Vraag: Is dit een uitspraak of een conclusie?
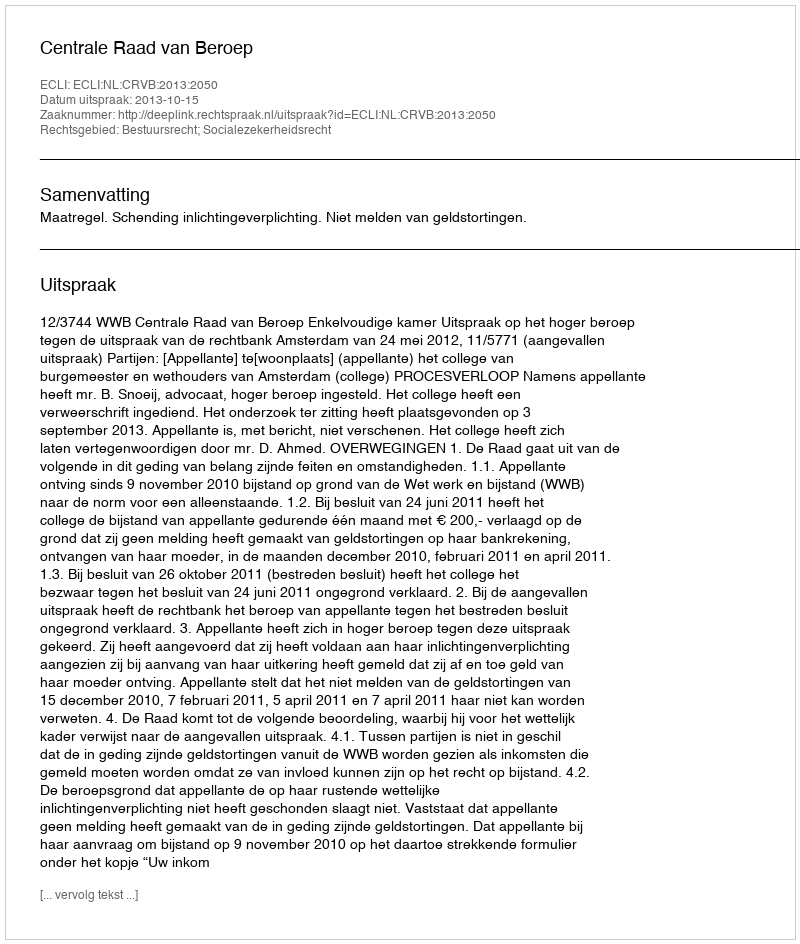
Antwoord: Uitspraak